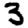
Digit: 3